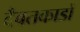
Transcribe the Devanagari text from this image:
दैबतकाडों